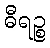
ဓီရဉ္စ